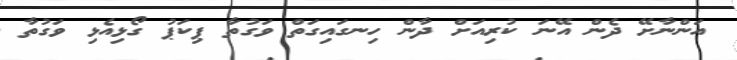
އަންނާށޭ ދެން އޭނަ ކުރިއަށް ދާން ހިނގައިގަތް ވަގުތާ ޕިކަޕު ގޯޅިއެޅި ވަގުތާ